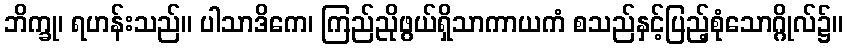
ဘိက္ခု၊ ရဟန်းသည်။ ပါသာဒိကေ၊ ကြည်ညိုဖွယ်ရှိသာကာယကံ စသည်နှင့်ပြည့်စုံသောဂ္ဂိုလ်၌။